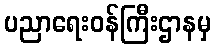
ပညာရေးဝန်ကြီးဌာနမှ